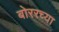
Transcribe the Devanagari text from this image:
बोररच्या